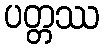
ပတ္တဿ